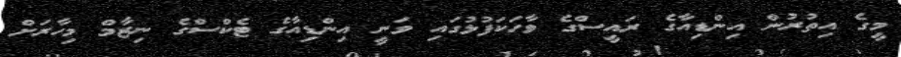
މީގެ އިތުރުން އިންޑިއާގެ ރައީސްގެ ވާހަކަފުޅުގައި ވަނީ އިންޑިއާގެ ޓެކްސްގެ ނިޒާމް މިހާރަށް